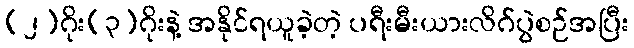
(၂)ဂိုး(၃)ဂိုးနဲ့ အနိုင်ရယူခဲ့တဲ့ ပရီးမီးယားလိဂ်ပွဲစဉ်အပြီး